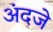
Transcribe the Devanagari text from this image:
अंदजे